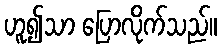
ဟူ၍သာ ပြောလိုက်သည်။